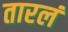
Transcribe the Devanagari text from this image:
तारलं